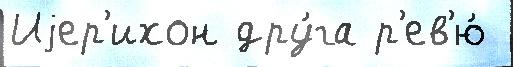
Иjер'ихон дру́га р'ев'ю́